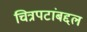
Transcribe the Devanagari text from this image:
चित्रपटांबद्दल